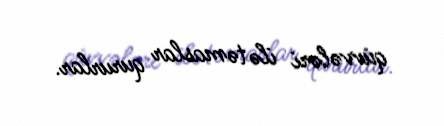
qüvvələri ilə təmaslar qururlar.